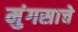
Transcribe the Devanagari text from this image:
मुंगसाचे